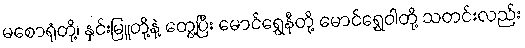
မစောရုံတို့၊ နှင်းမြူတို့နဲ့ တွေ့ပြီး မောင်ရွှေနီတို့ မောင်ရွှေဝါတို့ သတင်းလည်း